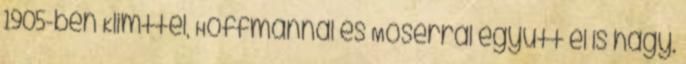
1905-ben Klimttel, Hoffmannal és Moserral együtt el is hagy.